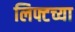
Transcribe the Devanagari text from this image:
लिफ्टच्या